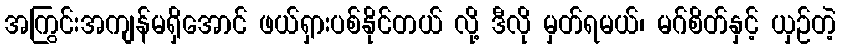
အကြွင်းအကျန်မရှိအောင် ဖယ်ရှားပစ်နိုင်တယ် လို့ ဒီလို မှတ်ရမယ်၊ မဂ်စိတ်နှင့် ယှဉ်တဲ့